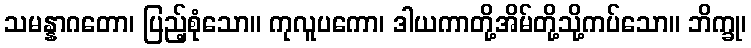
သမန္နာဂတော၊ ပြည့်စုံသော။ ကုလူပကော၊ ဒါယကာတို့အိမ်တို့သို့ကပ်သော။ ဘိက္ခု၊